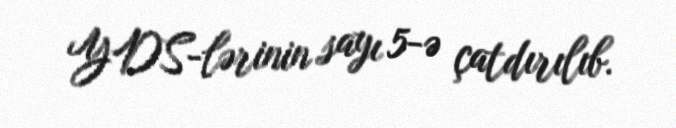
YDS-lərinin sayı 5-ə çatdırılıb.